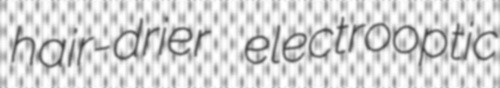
hair-drier electrooptic